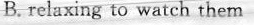
B.relaxing to watch them